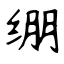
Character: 绷